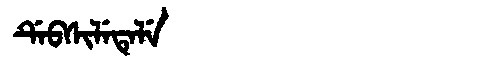
Manchu: ᡩᡝᠪᠰᡳᠯᡝᡨᡝᠯᡝ
Romanization: DEBSILETELE